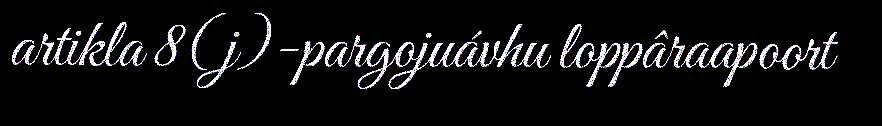
artikla 8(j)-pargojuávhu loppâraapoort